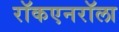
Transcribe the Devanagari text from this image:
राॅकएनराॅला